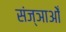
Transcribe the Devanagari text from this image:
संज्ञाओँ